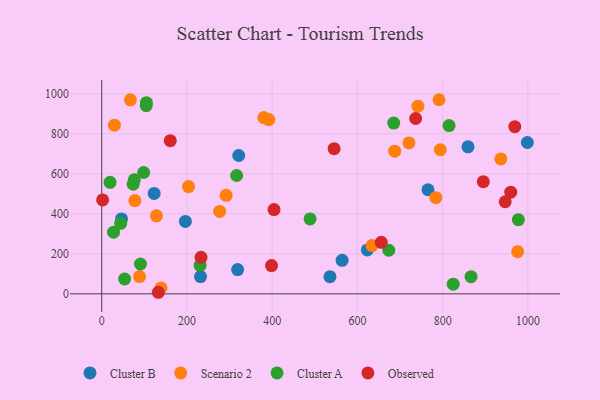
{"axis": {"x": "Price", "y": "Yield"}, "legend": ["Cluster A", "Cluster B", "Observed", "Scenario 2"], "data": [{"x": "46.4", "y": 374.1, "type": "Cluster B"}, {"x": "231.8", "y": 86.0, "type": "Cluster B"}, {"x": "321.5", "y": 690.8, "type": "Cluster B"}, {"x": "859.5", "y": 734.0, "type": "Cluster B"}, {"x": "535.5", "y": 85.7, "type": "Cluster B"}, {"x": "998.8", "y": 755.9, "type": "Cluster B"}, {"x": "196.3", "y": 361.5, "type": "Cluster B"}, {"x": "123.0", "y": 501.3, "type": "Cluster B"}, {"x": "765.6", "y": 519.7, "type": "Cluster B"}, {"x": "623.2", "y": 219.3, "type": "Cluster B"}, {"x": "564.1", "y": 167.4, "type": "Cluster B"}, {"x": "318.9", "y": 121.4, "type": "Cluster B"}, {"x": "784.0", "y": 480.1, "type": "Scenario 2"}, {"x": "67.3", "y": 968.9, "type": "Scenario 2"}, {"x": "976.0", "y": 210.4, "type": "Scenario 2"}, {"x": "77.8", "y": 465.9, "type": "Scenario 2"}, {"x": "794.5", "y": 719.9, "type": "Scenario 2"}, {"x": "139.1", "y": 29.5, "type": "Scenario 2"}, {"x": "29.8", "y": 842.2, "type": "Scenario 2"}, {"x": "392.0", "y": 870.1, "type": "Scenario 2"}, {"x": "128.4", "y": 389.5, "type": "Scenario 2"}, {"x": "276.8", "y": 411.7, "type": "Scenario 2"}, {"x": "292.0", "y": 492.0, "type": "Scenario 2"}, {"x": "380.4", "y": 880.4, "type": "Scenario 2"}, {"x": "791.5", "y": 969.4, "type": "Scenario 2"}, {"x": "203.7", "y": 535.7, "type": "Scenario 2"}, {"x": "634.2", "y": 241.2, "type": "Scenario 2"}, {"x": "742.0", "y": 937.1, "type": "Scenario 2"}, {"x": "687.4", "y": 712.5, "type": "Scenario 2"}, {"x": "720.9", "y": 753.9, "type": "Scenario 2"}, {"x": "936.5", "y": 673.6, "type": "Scenario 2"}, {"x": "88.8", "y": 86.0, "type": "Scenario 2"}, {"x": "488.9", "y": 374.1, "type": "Cluster A"}, {"x": "866.6", "y": 85.9, "type": "Cluster A"}, {"x": "673.6", "y": 217.7, "type": "Cluster A"}, {"x": "44.5", "y": 352.3, "type": "Cluster A"}, {"x": "104.9", "y": 954.7, "type": "Cluster A"}, {"x": "977.7", "y": 370.6, "type": "Cluster A"}, {"x": "815.0", "y": 840.4, "type": "Cluster A"}, {"x": "98.4", "y": 605.9, "type": "Cluster A"}, {"x": "19.6", "y": 557.0, "type": "Cluster A"}, {"x": "73.8", "y": 547.8, "type": "Cluster A"}, {"x": "685.2", "y": 852.8, "type": "Cluster A"}, {"x": "824.8", "y": 48.4, "type": "Cluster A"}, {"x": "53.7", "y": 74.1, "type": "Cluster A"}, {"x": "27.8", "y": 307.9, "type": "Cluster A"}, {"x": "104.5", "y": 939.9, "type": "Cluster A"}, {"x": "230.8", "y": 142.0, "type": "Cluster A"}, {"x": "316.6", "y": 591.0, "type": "Cluster A"}, {"x": "90.9", "y": 148.9, "type": "Cluster A"}, {"x": "76.4", "y": 569.6, "type": "Cluster A"}, {"x": "2.1", "y": 469.2, "type": "Observed"}, {"x": "545.3", "y": 724.8, "type": "Observed"}, {"x": "959.8", "y": 507.5, "type": "Observed"}, {"x": "895.4", "y": 560.0, "type": "Observed"}, {"x": "132.8", "y": 7.8, "type": "Observed"}, {"x": "398.5", "y": 141.3, "type": "Observed"}, {"x": "233.0", "y": 182.4, "type": "Observed"}, {"x": "160.8", "y": 764.9, "type": "Observed"}, {"x": "655.9", "y": 257.5, "type": "Observed"}, {"x": "736.6", "y": 875.7, "type": "Observed"}, {"x": "404.3", "y": 420.6, "type": "Observed"}, {"x": "969.3", "y": 835.0, "type": "Observed"}, {"x": "946.8", "y": 460.0, "type": "Observed"}]}